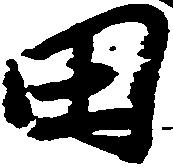
田